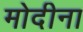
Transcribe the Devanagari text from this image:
मोदीना